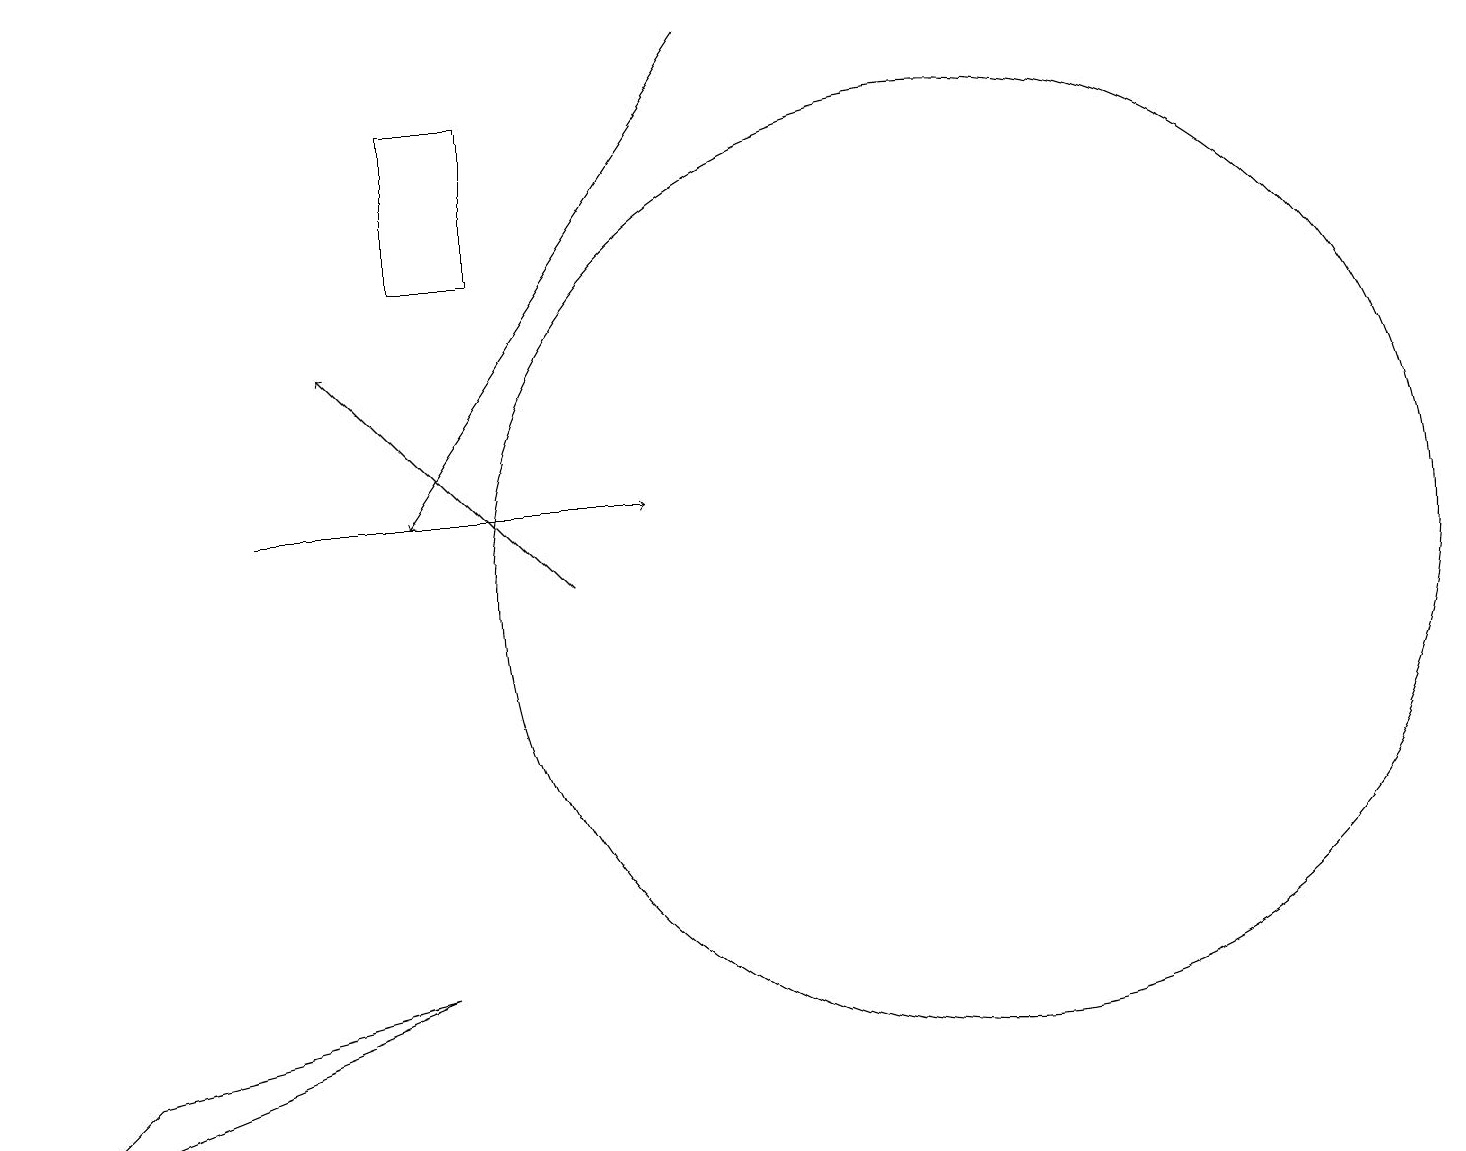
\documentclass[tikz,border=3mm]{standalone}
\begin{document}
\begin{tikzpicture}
\draw (12,12) circle (6);
\draw[->] (3,13) -- (8,13);
\draw (1,6) -- (0,5) -- (5,7) -- cycle;
\draw (5,18) rectangle (6,16);
\draw[->] (7,12) -- (4,15);
\draw[->] (9,19) -- (5,13);
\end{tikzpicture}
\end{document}